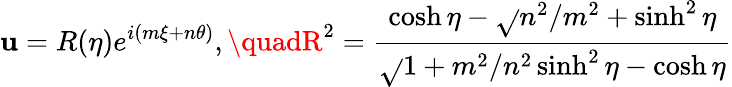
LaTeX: \mathbf{u}=R(\eta)e^{i(m\xi+n\theta)},\quadR^{2}={\frac{{\cosh\eta-\sqrt{}{{n^{2}/m^{2}+\sinh^{2}\eta}}}}{{\sqrt{}{{1+m^{2}/n^{2}\sinh^{2}\eta}}-\cosh\eta}}}